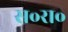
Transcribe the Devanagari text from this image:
स॰रा॰